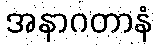
အနာဂတာနံ